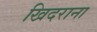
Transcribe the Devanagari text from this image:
खिदराना